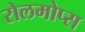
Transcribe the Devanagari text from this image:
रोलमोप्स